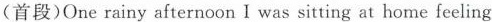
(首段)Onerainy afternoon I was sitting at home feeling